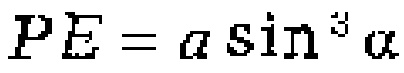
\(PE = a\sin^{3}\alpha\)